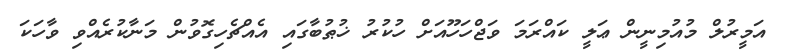
އަމީރުލް މުއުމިނީން ޢަލީ ކައްރަމަ ވަޖްހަހޫއަށް ހުކުރު ޚުޠުބާގައި އެއްޗެހިގޮވުން މަނާކުރެއްވި ވާހަކަ